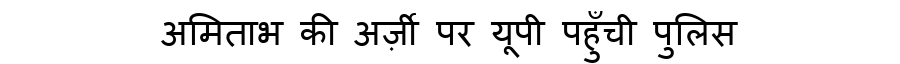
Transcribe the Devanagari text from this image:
अमिताभ की अर्ज़ी पर यूपी पहुँची पुलिस